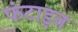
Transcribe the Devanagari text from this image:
फंटाइन